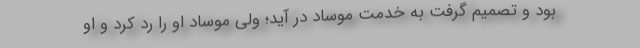
بود و تصمیم گرفت به خدمت موساد در آید؛ ولی موساد او را رد کرد و او